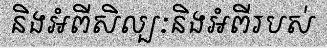
និងអំពីសិល្បៈនិងអំពីរបស់